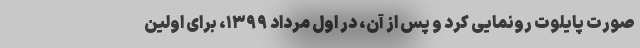
صورت پایلوت رونمایی کرد و پس از آن، در اول مرداد ۱۳۹۹، برای اولین